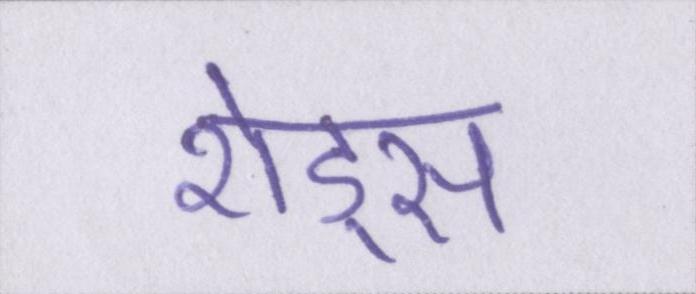
शेड्स